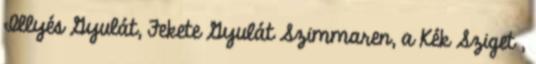
Illyés Gyu­lát, Fekete Gyulát Szimmaren, a Kék Sziget ,